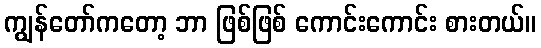
ကျွန်တော်ကတော့ ဘာ ဖြစ်ဖြစ် ကောင်းကောင်း စားတယ်။